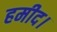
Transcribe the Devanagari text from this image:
हमीद।